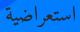
استعراضية